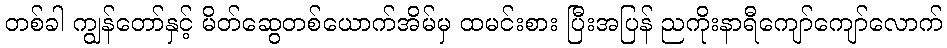
တစ်ခါ ကျွန်တော်နှင့် မိတ်ဆွေတစ်ယောက်အိမ်မှ ထမင်းစား ပြီးအပြန် ညကိုးနာရီကျော်ကျော်လောက်